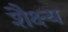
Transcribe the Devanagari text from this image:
शैक्ष्य